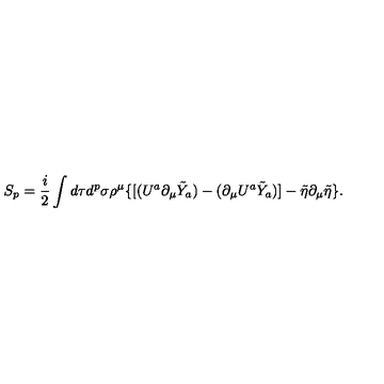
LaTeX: S _ { p } = \frac { i } { 2 } \int d \tau d ^ { p } \sigma \rho ^ { \mu } \{ [ ( U ^ { a } \partial _ { \mu } \tilde { Y } _ { a } ) - ( \partial _ { \mu } U ^ { a } \tilde { Y } _ { a } ) ] - \tilde { \eta } \partial _ { \mu } \tilde { \eta } \} .